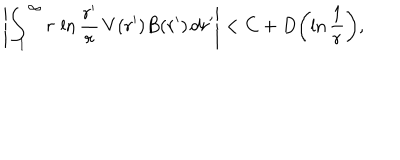
\left| \int _ { 1 } ^ { \infty } r \, \ln { \frac { r ^ { \prime } } { r } } \, V ( r ^ { \prime } ) B ( r ^ { \prime } ) \, d r ^ { \prime } \right| < C + D \biggl ( \ln { \frac { 1 } { r } } \biggr ) ,